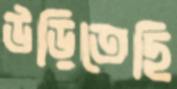
উড়িতেছি